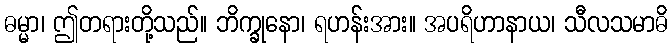
ဓမ္မာ၊ ဤတရားတို့သည်။ ဘိက္ခုနော၊ ရဟန်းအား။ အပရိဟာနာယ၊ သီလသမာဓိ